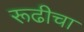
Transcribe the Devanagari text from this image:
रूढीचा